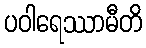
ပဝါရေဿာမီတိ